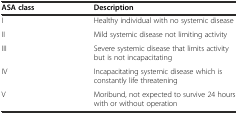
| ASA class | Description |
 | --- | --- |
 | I | Healthy individual with no systemic disease |
 | II | Mild systemic disease not limiting activity |
 | III | Severe systemic disease that limits activity but is not incapacitating |
 | IV | Incapacitating systemic disease which is constantly life threatening |
 | V | Moribund, not expected to survive 24 hours with or without operation |